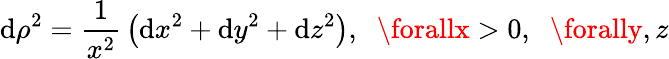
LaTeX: \mathrm{d}\rho^{2}={\frac{{1}}{{x^{2}}}}\left(\mathrm{d}x^{2}+\mathrm{d}y^{2}+\mathrm{d}z^{2}\right),\; \; \forallx>0,\; \; \forally,z